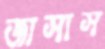
জাসাস